Vaccination in Burma 1920-1933 - 1920-1933
Year: 1920
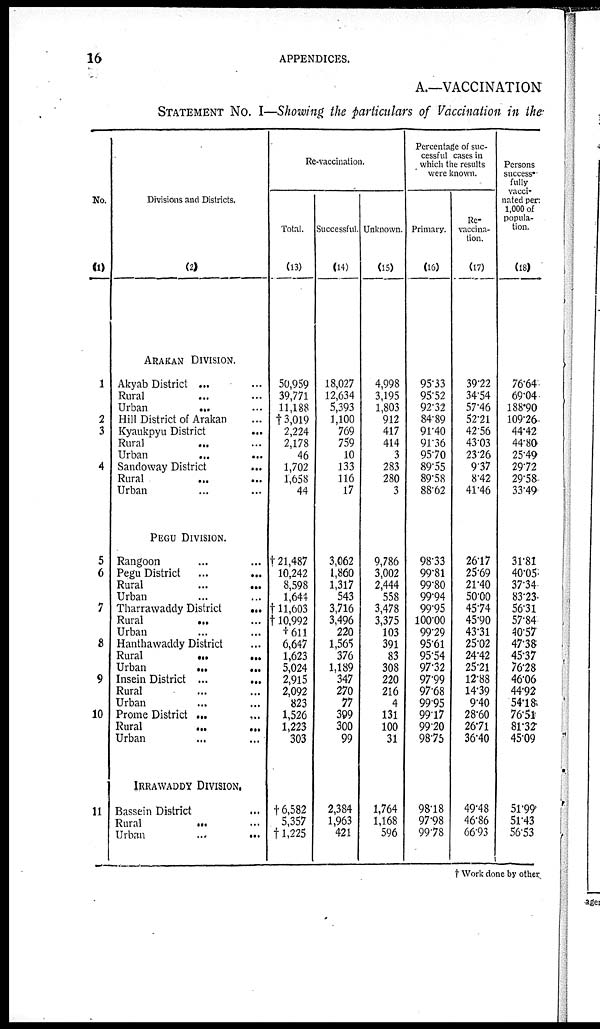
16
APPENDICES.
A.—VACCINATION
STATEMENT No. I—Showing the particulars of Vaccination in the
No.
(1)
1
2
3
4
5
6
7
8
9
10
11
Divisions and Districts.
(2)
ARAKAN DIVISION.
Akyab District ... ...
Rural
... ...
Urban
... ...
Hill District of Arakan ...
Kyaukpyu District
...
Rural
... ...
Urban
...
...
Sandoway District
...
Rural
...
...
Urban ... ...
PEGU DIVISION.
Rangoon ... ...
Pegu District
...
...
Rural
...
...
Urban ... ...
Tharrawaddy District ...
Rural
... ...
Urban ... ...
Hanthawaddy District ...
Rural ... ...
Urban
...
...
Insein District ...
...
Rural ... ...
Urban ... ...
Prome District ...
...
Rural
...
...
Urban ... ...
IRRAWADDY DIVISION.
Bassein District ...
Rural
...
Urban
...
...
Re-vaccination.
Total.
(13)
50,959
39,771
11,188
†3,019
2,224
2,178
46
1,702
1,658
44
†21,487
10,242
8,598
1,644
†11,603
†10,992
† 611
6,647
1,623
5,024
2,915
2,092
823
1,526
1,223
303
†6,582
5,357
†11,225
Successful.
(14)
18,027
12,634
5,393
1,100
769
759
10
133
116
17
3,062
1,860
1,317
543
3,716
3,496
220
1,565
376
1,189
347
270
77
399
300
99
2,384
1,963
421
Unknown.
(15)
4,998
3,195
1,803
912
417
414
3
283
280
3
9,786
3,002
2,444
558
3,478
3,375
103
391
83
308
220
216
4
131
100
31
1,764
1,168
596
Percentage of suc-
cessful cases in
which the results
were known.
Primary.
(16)
95.33
95.52
92.32
84.89
91.40
91.36
95.70
89.55
89.58
88.62
98.33
99.81
99.80
99.94
99.95
100.00
99.29
95.61
95.54
97.32
97.99
97.68
99.95
99.17
99.20
98.75
9818
97.98
99.78
Re-
vaccina-
tion.
(17)
39.22
34.54
57.46
52.21
42.56
43.03
23.26
9.37
8.42
41.46
26.17
25.69
21.40
50.00
45.74
45.90
43.31
25.02
24.42
25.21
12.88
14.39
9.40
28.60
26.71
36.40
49.48
46.86
6693
Persons
success-
fully
vacci-
nated per
1,000 of
popula-
tion.
(18)
76.64
69.04
188.90
109.26.
44.42
44.80
25.49
29.72
29.58
33.49
31.81
40.05
37.34
83.23
56.31
57.84
40.57
47.38
45.37
76.28
46.06
44.92
54.18
76.51
81.32
4509
5l.99
51.43
56.53
† Work done by other